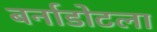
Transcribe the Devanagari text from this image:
बर्नाडोटला